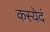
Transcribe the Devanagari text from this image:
कस्येदं